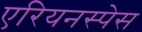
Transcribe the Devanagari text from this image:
एरियनस्पेस